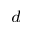
^ d